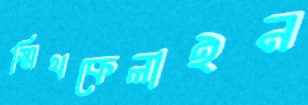
স্মিথকেলাইন